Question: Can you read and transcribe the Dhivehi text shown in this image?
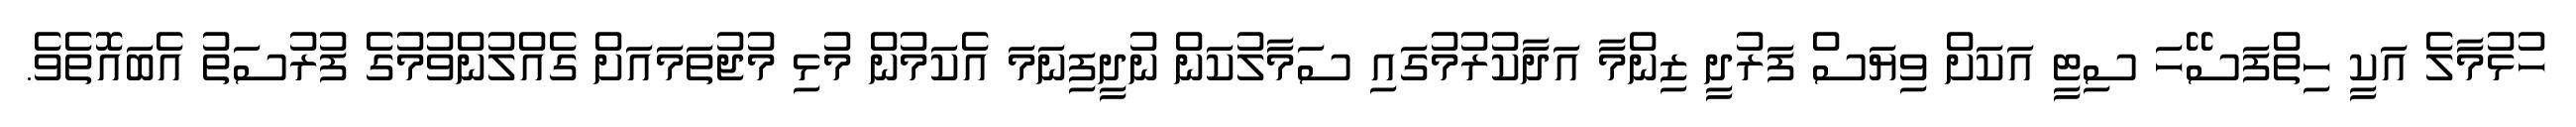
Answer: ހުޅުމާލެ އަކީ ހިތްފަސޭހަ ސިޓީ އަކަށް ވިޔަސް ފަރުދީ ޒިންމާ އަދާކުރުމުގައި ސަމާލުކަން ނުދީފިނަމަ އެކަމުން މުޅި މުޖުތަމައަށް ގެއްލުންވުމުގެ ފުރުސަތު އެބައޮތެވެ.